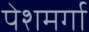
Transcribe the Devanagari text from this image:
पेशमर्गा